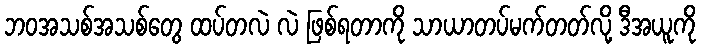
ဘဝအသစ်အသစ်တွေ ထပ်တလဲ လဲ ဖြစ်ရတာကို သာယာတပ်မက်တတ်လို့ ဒီအယူကို